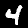
Label: 4